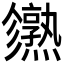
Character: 𤒙